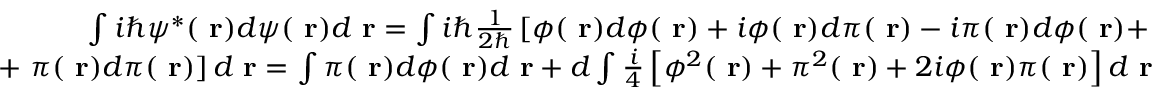
\begin{array} { r l r } & { } & { \int i \hbar \psi ^ { * } ( \mathrm { \bf ~ r } ) d \psi ( \mathrm { \bf ~ r } ) d \mathrm { \bf ~ r } = \int i \hbar \frac { 1 } { 2 \hbar } \left[ \phi ( \mathrm { \bf ~ r } ) d \phi ( \mathrm { \bf ~ r } ) + i \phi ( \mathrm { \bf ~ r } ) d \pi ( \mathrm { \bf ~ r } ) - i \pi ( \mathrm { \bf ~ r } ) d \phi ( \mathrm { \bf ~ r } ) + \right. } \\ & { } & { + \left. \pi ( \mathrm { \bf ~ r } ) d \pi ( \mathrm { \bf ~ r } ) \right] d \mathrm { \bf ~ r } = \int \pi ( \mathrm { \bf ~ r } ) d \phi ( \mathrm { \bf ~ r } ) d \mathrm { \bf ~ r } + d \int \frac { i } { 4 } \left[ \phi ^ { 2 } ( \mathrm { \bf ~ r } ) + \pi ^ { 2 } ( \mathrm { \bf ~ r } ) + 2 i \phi ( \mathrm { \bf ~ r } ) \pi ( \mathrm { \bf ~ r } ) \right] d \mathrm { \bf ~ r } } \end{array}